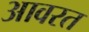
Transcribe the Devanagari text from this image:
आवरत